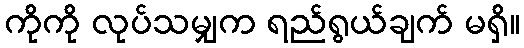
ကိုကို လုပ်သမျှက ရည်ရွယ်ချက် မရှိ။